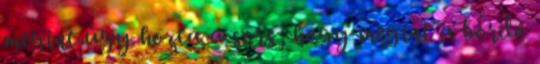
megint úgy hozta a sors, hogy megint a bordó